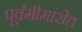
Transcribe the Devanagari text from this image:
पूर्वमीमांसेत